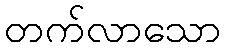
တက်လာသော